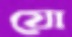
যো